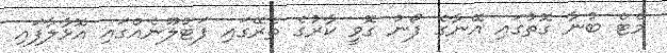
މެޓް ބުނާ ގޮތުގައި އޭނާގެ ފޯނު ގޮވީ ކާރުގެ ތެރޭގައި ފަޓުލޫނެއްގައި އޮޅާލާފައި